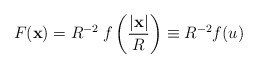
\begin{align*}F(\mathbf{x}) = R^{-2}\:f\left({|\mathbf{x}|\over R}\right) \equiv R^{-2} f(u) \end{align*}